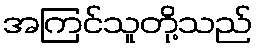
အကြင်သူတို့သည်